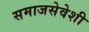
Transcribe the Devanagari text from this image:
समाजसेवेशी